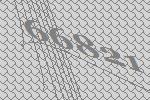
66821